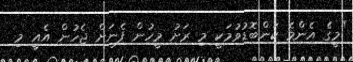
"މީގެ އެންމެ ކަންބޮޑުވުމަކީ މި ރަށު މީހުން ފެނަށް ޖެހުން އެއީ މި